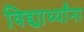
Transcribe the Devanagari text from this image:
विद्द्यार्थ्यांना